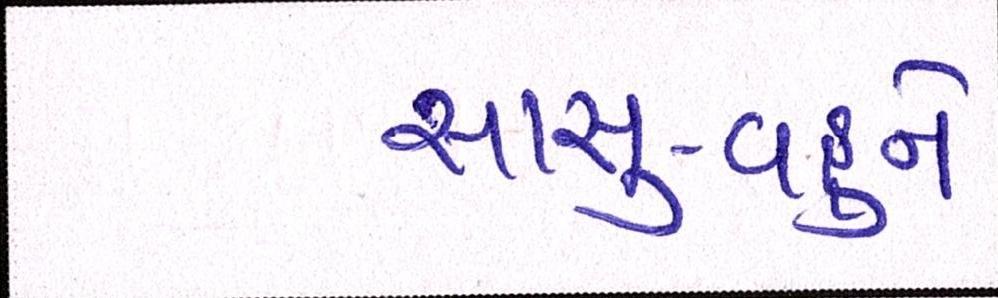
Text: સાસુ-વહુને